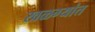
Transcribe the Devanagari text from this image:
खळग्यांत